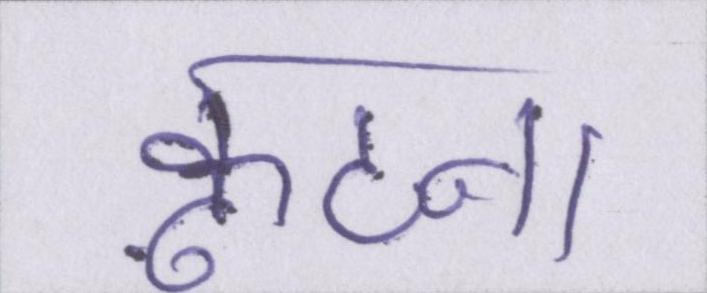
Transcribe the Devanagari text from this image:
कूटना